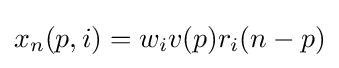
x_{n}(p,i)=w_{i}v(p)r_{i}(n-p)